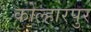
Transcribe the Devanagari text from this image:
कोल्हारपुर